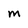
Character: M